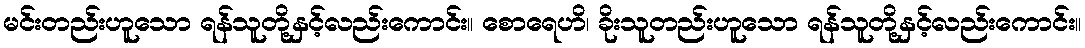
မင်းတည်းဟူသော ရန်သူတို့နှင့်လည်းကောင်း။ စောရေဟိ၊ ခိုးသူတည်းဟူသော ရန်သူတို့နှင့်လည်းကောင်း။